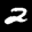
Label: 2